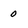
Character: o